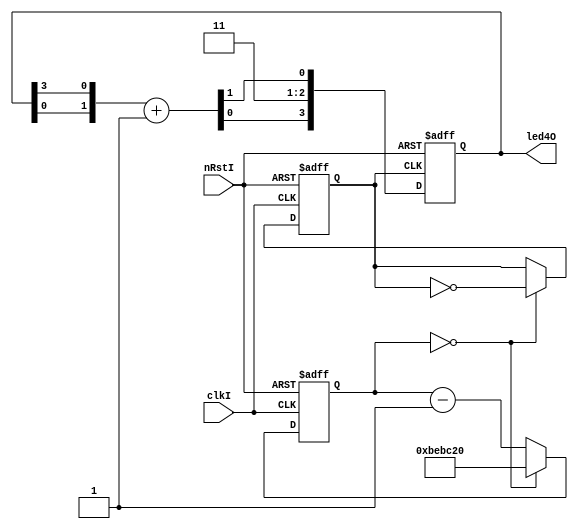
`define time1S 32'd12500000
module led4(
    input wire nRstI,
    input wire clkI,
    output reg [3:0]led4O
);
    reg clk2;
    reg [31:0] counter;    

    always@(posedge clkI, negedge nRstI) begin
        if(!nRstI) begin
            counter     <= `time1S ;
            clk2        <= 32'd0;
        end
        else begin
            if (counter == 32'd0) begin
                counter <= `time1S ;
                clk2    <= ~clk2;
            end
            else begin
                counter <= counter - 32'd1;
            end
        end
    end

    always@(posedge clk2, negedge nRstI) begin
        if(!nRstI) begin
            led4O <= 4'd0;
        end
        //i<=0;
        else begin
            //led4O <= led4O + 4'd1 ;
            //{led4O[0],led4O[1],led4O[2],led4O[3]} <= {led4O[0],led4O[1],led4O[2],led4O[3]} + 4'd1 ;
            //`define aaa12 1
            //`define aaa23 1
            //`define aaa34 1
            `define aaa14   1

            `ifdef aaa12
                {led4O[0],led4O[1]} <= {led4O[0],led4O[1]} + 2'd1 ;
                led4O[2] <= 1'b1 ;
                led4O[3] <= 1'b1 ;
            `endif
            `ifdef aaa23
                {led4O[2],led4O[1]} <= {led4O[2],led4O[1]} + 2'd1 ;
                led4O[0] <= 1'b1 ;
                led4O[3] <= 1'b1 ;
            `endif
            `ifdef aaa34
                {led4O[2],led4O[3]} <= {led4O[2],led4O[3]} + 2'd1 ;
                led4O[0] <= 1'b1 ;
                led4O[1] <= 1'b1 ;
            `endif
            `ifdef aaa14
                {led4O[0],led4O[3]} <= {led4O[0],led4O[3]} + 2'd1 ;
                led4O[1] <= 1'b1 ;
                led4O[2] <= 1'b1 ;
            `endif
        end
    end

endmodule